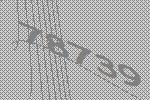
78739